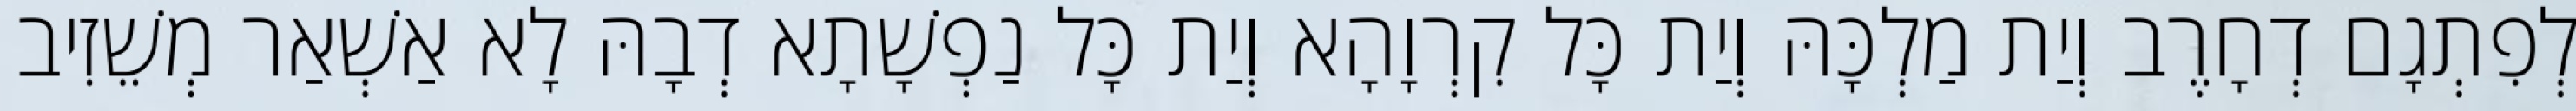
לְפִתְגָם דְחָרֶב וְיַת מַלְכָּהּ וְיַת כָּל קִרְוָהָא וְיַת כָּל נַפְשָׁתָא דְבָהּ לָא אַשְׁאַר מְשֵׁזִיב